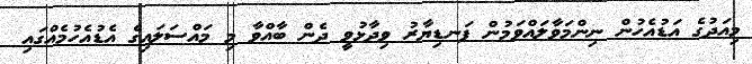
މިއަދުގެ އަޑުއެހުން ނިންމަވާލައްވަމުން ފަނޑިޔާރު ވިދާޅުވީ ދެން ބާއްވާ މި މައްސަލައިގެ އެޑުއެހުމެއްގައި